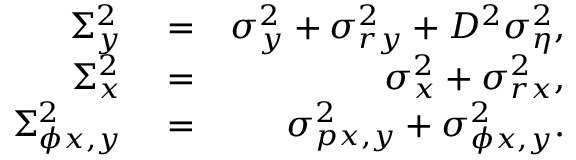
\begin{array} { r l r } { \Sigma _ { y } ^ { 2 } } & { { } = } & { \sigma _ { y } ^ { 2 } + \sigma _ { r y } ^ { 2 } + D ^ { 2 } \sigma _ { \eta } ^ { 2 } , } \\ { \Sigma _ { x } ^ { 2 } } & { { } = } & { \sigma _ { x } ^ { 2 } + \sigma _ { r x } ^ { 2 } , } \\ { \Sigma _ { \phi x , y } ^ { 2 } } & { { } = } & { \sigma _ { p x , y } ^ { 2 } + \sigma _ { \phi x , y } ^ { 2 } . } \end{array}